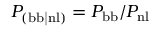
P _ { \mathrm { ( b b | n l ) } } = P _ { \mathrm { b b } } / P _ { \mathrm { n l } }